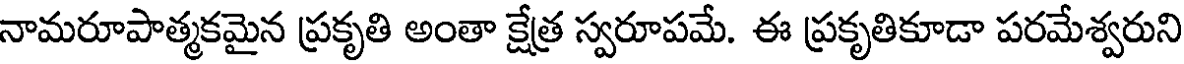
నామరూపాత్మకమైన ప్రకృతి అంతా క్షేత్ర స్వరూపమే. ఈ ప్రకృతికూడా పరమేశ్వరుని